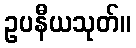
ဥပနီယသုတ်။